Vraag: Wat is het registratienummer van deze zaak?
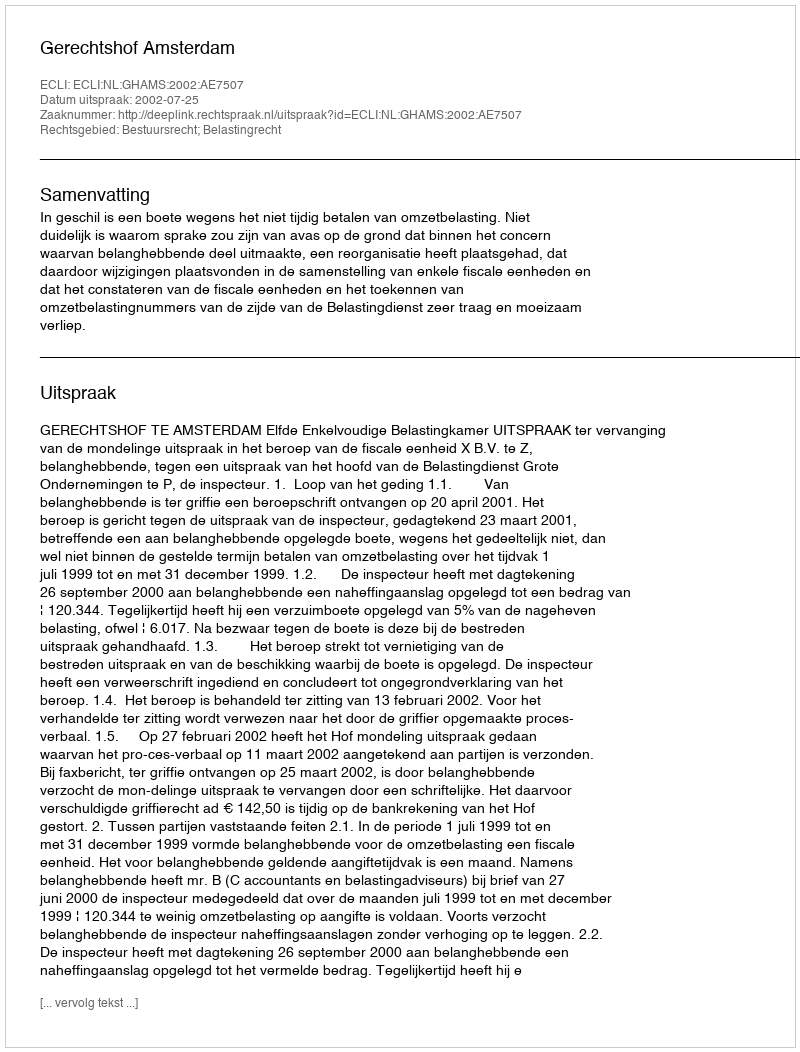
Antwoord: http://deeplink.rechtspraak.nl/uitspraak?id=ECLI:NL:GHAMS:2002:AE7507